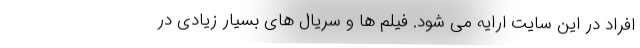
افراد در این سایت ارایه می شود. فیلم ها و سریال های بسیار زیادی در